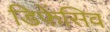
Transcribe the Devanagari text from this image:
डिफ़ेंसिव